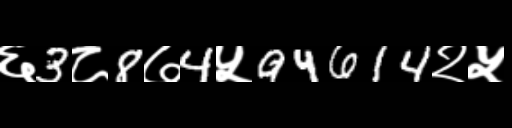
Text: ६3८8७4५94614२५